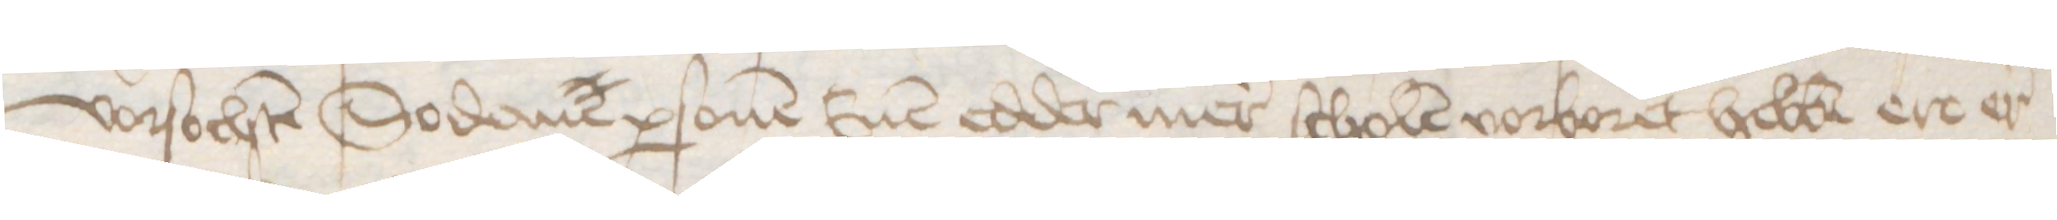
vorsochten Sodane personen Enen edder mer scholten vorboret hebben ere er